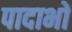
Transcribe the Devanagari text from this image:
पादाभों